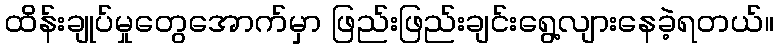
ထိန်းချုပ်မှုတွေအောက်မှာ ဖြည်းဖြည်းချင်းရွေ့လျားနေခဲ့ရတယ်။